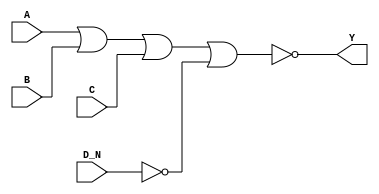
/*
 * Copyright 2020 The SkyWater PDK Authors
 *
 * Licensed under the Apache License, Version 2.0 (the "License");
 * you may not use this file except in compliance with the License.
 * You may obtain a copy of the License at
 *
 *     https://www.apache.org/licenses/LICENSE-2.0
 *
 * Unless required by applicable law or agreed to in writing, software
 * distributed under the License is distributed on an "AS IS" BASIS,
 * WITHOUT WARRANTIES OR CONDITIONS OF ANY KIND, either express or implied.
 * See the License for the specific language governing permissions and
 * limitations under the License.
 *
 * SPDX-License-Identifier: Apache-2.0
*/


`ifndef SKY130_FD_SC_LP__NOR4B_FUNCTIONAL_V
`define SKY130_FD_SC_LP__NOR4B_FUNCTIONAL_V

/**
 * nor4b: 4-input NOR, first input inverted.
 *
 * Verilog simulation functional model.
 */

`timescale 1ns / 1ps
`default_nettype none

`celldefine
module sky130_fd_sc_lp__nor4b (
    Y  ,
    A  ,
    B  ,
    C  ,
    D_N
);

    // Module ports
    output Y  ;
    input  A  ;
    input  B  ;
    input  C  ;
    input  D_N;

    // Local signals
    wire not0_out  ;
    wire nor0_out_Y;

    //  Name  Output      Other arguments
    not not0 (not0_out  , D_N              );
    nor nor0 (nor0_out_Y, A, B, C, not0_out);
    buf buf0 (Y         , nor0_out_Y       );

endmodule
`endcelldefine

`default_nettype wire
`endif  // SKY130_FD_SC_LP__NOR4B_FUNCTIONAL_V